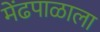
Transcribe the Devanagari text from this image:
मेंढपाळाला